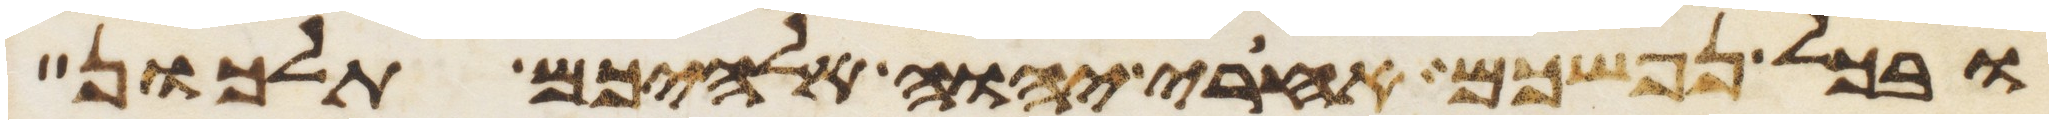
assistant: ובכל נפשכם אחרי יהוה אלהיכם תלכון